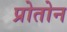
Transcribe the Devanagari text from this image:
प्रोतोन